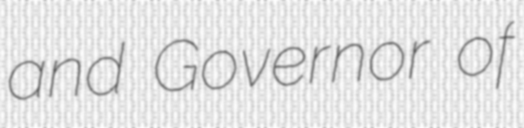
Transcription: and Governor of